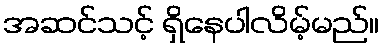
အဆင်သင့် ရှိနေပါလိမ့်မည်။